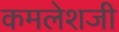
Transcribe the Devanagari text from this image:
कमलेशजी